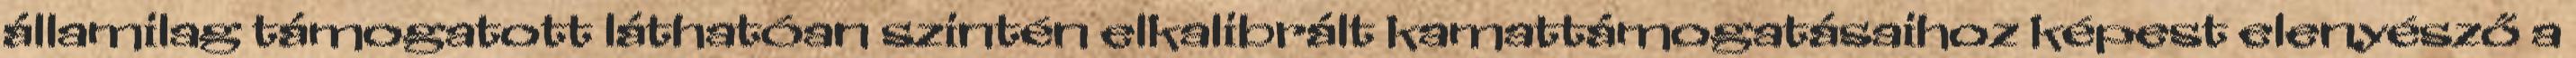
államilag támogatott láthatóan szintén elkalibrált kamattámogatásaihoz képest elenyésző a